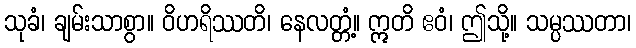
သုခံ၊ ချမ်းသာစွာ။ ဝိဟရိဿတိ၊ နေလတ္တံ့။ ဣတိ ဧဝံ၊ ဤသို့။ သမ္ပဿတာ၊